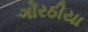
ગોરઠીયા